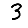
Digit: 3